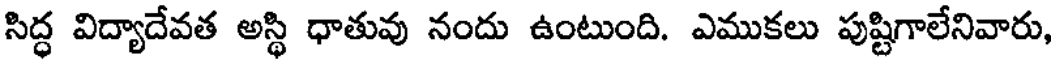
సిద్ధ విద్యాదేవత అస్థి ధాతువు నందు ఉంటుంది. ఎముకలు పుష్టిగాలేనివారు,